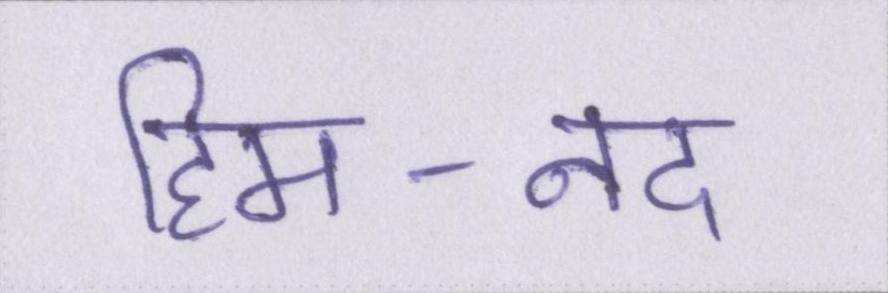
हिम-नद